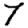
Digit: 7